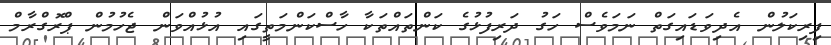
ފިރިކަލުން އެދިވަޑައިގަތް ނަމަވެސް ހަގު ދަރިފުޅުގެ ކަންތައްތަކާ ހާސްކަންމަތީގައި އުޅުއްވަން ޖެހުމުން ޕްރޮގްރާމް